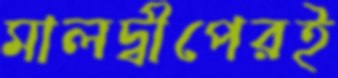
মালদ্বীপেরই